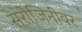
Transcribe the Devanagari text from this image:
सरोजिनींवर